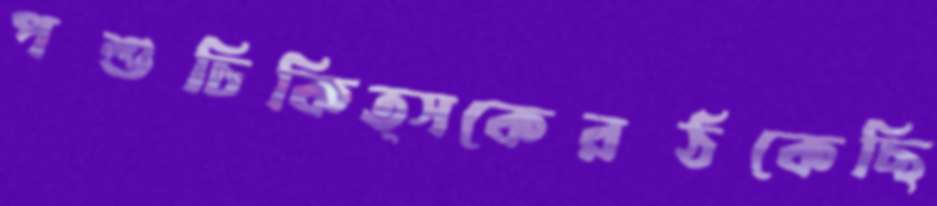
পশুচিকিত্সকেরঠকেছি